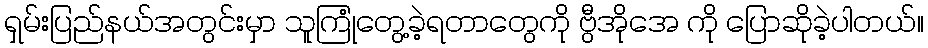
ရှမ်းပြည်နယ်အတွင်းမှာ သူကြုံတွေ့ခဲ့ရတာတွေကို ဗွီအိုအေ ကို ပြောဆိုခဲ့ပါတယ်။